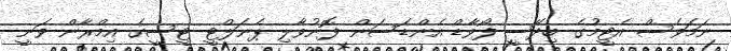
ނަމަވެސް އެޓީމުގެ ބިދޭސީ ފޯވާޑް އެންޑަސަން ފޮނުވާލި ޕެނަލްޓީ ޓީސީގެ އިމްރާން ވަނީ